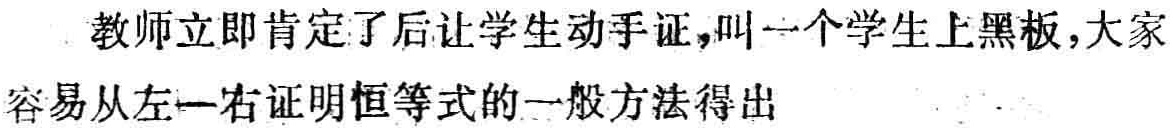
教师立即肯定了后让学生动手证,叫一个学生上黑板,大家容易从左—右证明恒等式的一般方法得出